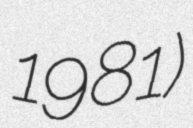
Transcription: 1981)